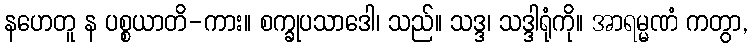
နဟေတူ န ပစ္စယာတိ-ကား။ စက္ခုပသာဒေါ၊ သည်။ သဒ္ဒ၊ သဒ္ဒါရုံကို။ အာရမ္မဏံ ကတွာ,